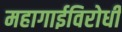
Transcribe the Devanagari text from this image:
महागाईविरोधी